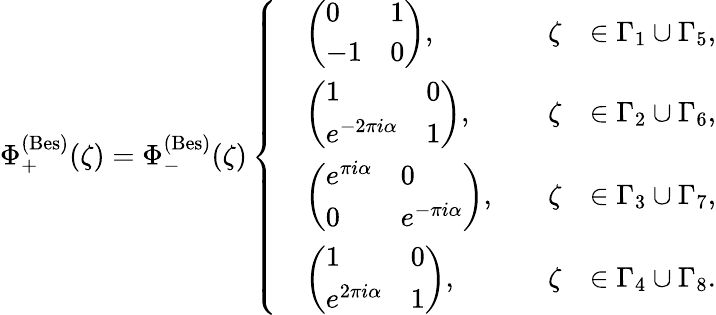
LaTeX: \Phi_{+}^{(\mathrm{Bes})}(\zeta)=\Phi_{-}^{(\mathrm{Bes})}(\zeta)\left\{ \begin{array}{rlrl}&{\left(\begin{array}{ll}{0}&{1}\\ {-1}&{0}\end{array}\right),\quad}&{\zeta}&{\in\Gamma_{1}\cup\Gamma_{5},}\\ &{\left(\begin{array}{ll}{1}&{0}\\ {e^{-2\pi i\alpha}}&{1}\end{array}\right),\quad}&{\zeta}&{\in\Gamma_{2}\cup\Gamma_{6},}\\ &{\left(\begin{array}{ll}{e^{\pi i\alpha}}&{0}\\ {0}&{e^{-\pi i\alpha}}\end{array}\right),\quad}&{\zeta}&{\in\Gamma_{3}\cup\Gamma_{7},}\\ &{\left(\begin{array}{ll}{1}&{0}\\ {e^{2\pi i\alpha}}&{1}\end{array}\right),\quad}&{\zeta}&{\in\Gamma_{4}\cup\Gamma_{8}.}\end{array}\right.